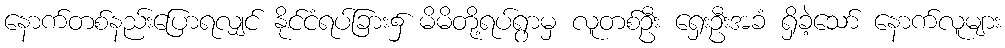
နောက်တစ်နည်းပြောရလျှင် နိုင်ငံရပ်ခြား၌ မိမိတို့ရပ်ရွာမှ လူတစ်ဦး ရှေးဦးအခံ ရှိခဲ့သော် နောက်လူများ